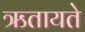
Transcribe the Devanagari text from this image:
ऋतायते